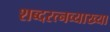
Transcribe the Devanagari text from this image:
शब्दरत्नव्याख्या